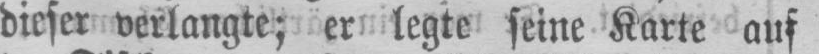
dieser verlangte; er legte seine Karte auf